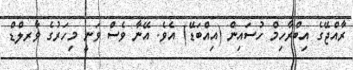
ރާއްޖޭގެ އިބްރާހިމް ހުސައިން (އިއްބަޑޭ) އެވެ. އޭނާ ވެސް ވަނީ މިހަރުގެ ވާރލްޑް